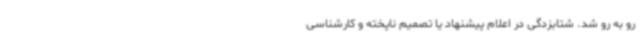
رو به رو شد. شتابزدگی در اعلام پیشنهاد یا تصمیم ناپخته و کارشناسی